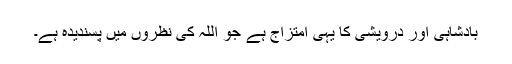
بادشاہی اور درویشی کا یہی امتزاج ہے جو اللہ کی نظروں میں پسندیدہ ہے۔